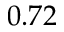
0 . 7 2